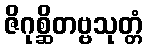
ဇိဂုစ္ဆိတဗ္ဗသုတ္တံ